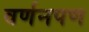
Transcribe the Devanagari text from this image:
वर्णनपण